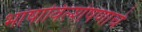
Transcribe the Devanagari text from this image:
भाषाविल्शेषणाचे